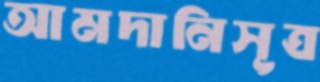
আমদানিসূত্র